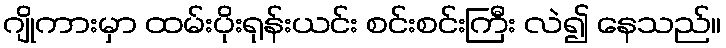
ဂျိုကားမှာ ထမ်းပိုးရုန်းယင်း စင်းစင်းကြီး လဲ၍ နေသည်။